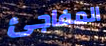
المفاجئ